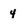
Character: 4